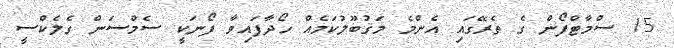
15 ސްމާޓްފޯން ގެ ތެރޭގައި އެންމެ މަޤުބޫލުކަމެއް ހޯދާފައިވާ ފޯނަކީ ސެމްސަން ގެލެކްސީ